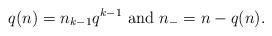
LaTeX: \begin{align*}q(n) =n_{k-1}q^{k-1} ~{\rm and} ~ n_- = n-q(n).\end{align*}